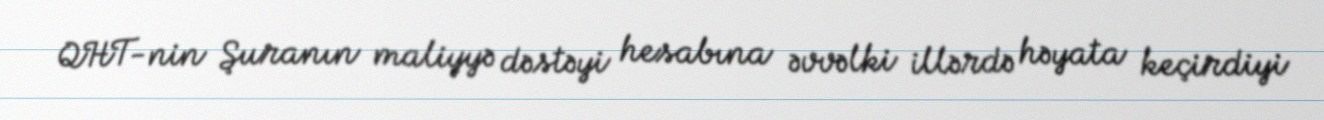
QHT-nin Şuranın maliyyə dəstəyi hesabına əvvəlki illərdə həyata keçirdiyi